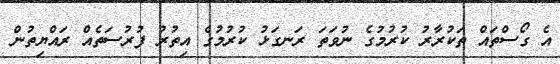
އެ ގޯސްތައް ތަކުރާރު ކުރުމުގެ ނުވަތަ ރަނގަޅު ކުރުމުގެ އިތުރު ފުރުސަތެއް ރައްޔިތުން